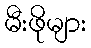
မီးဖိုများ